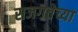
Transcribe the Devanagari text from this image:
सजगतेच्या